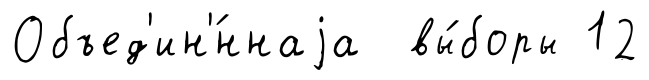
Объед'ин'́ннаjа вы́боры 12